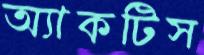
অ্যাকটিস